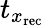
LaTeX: t_{x_{\mathrm{rec}}}